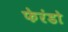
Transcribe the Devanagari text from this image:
फेरंडो